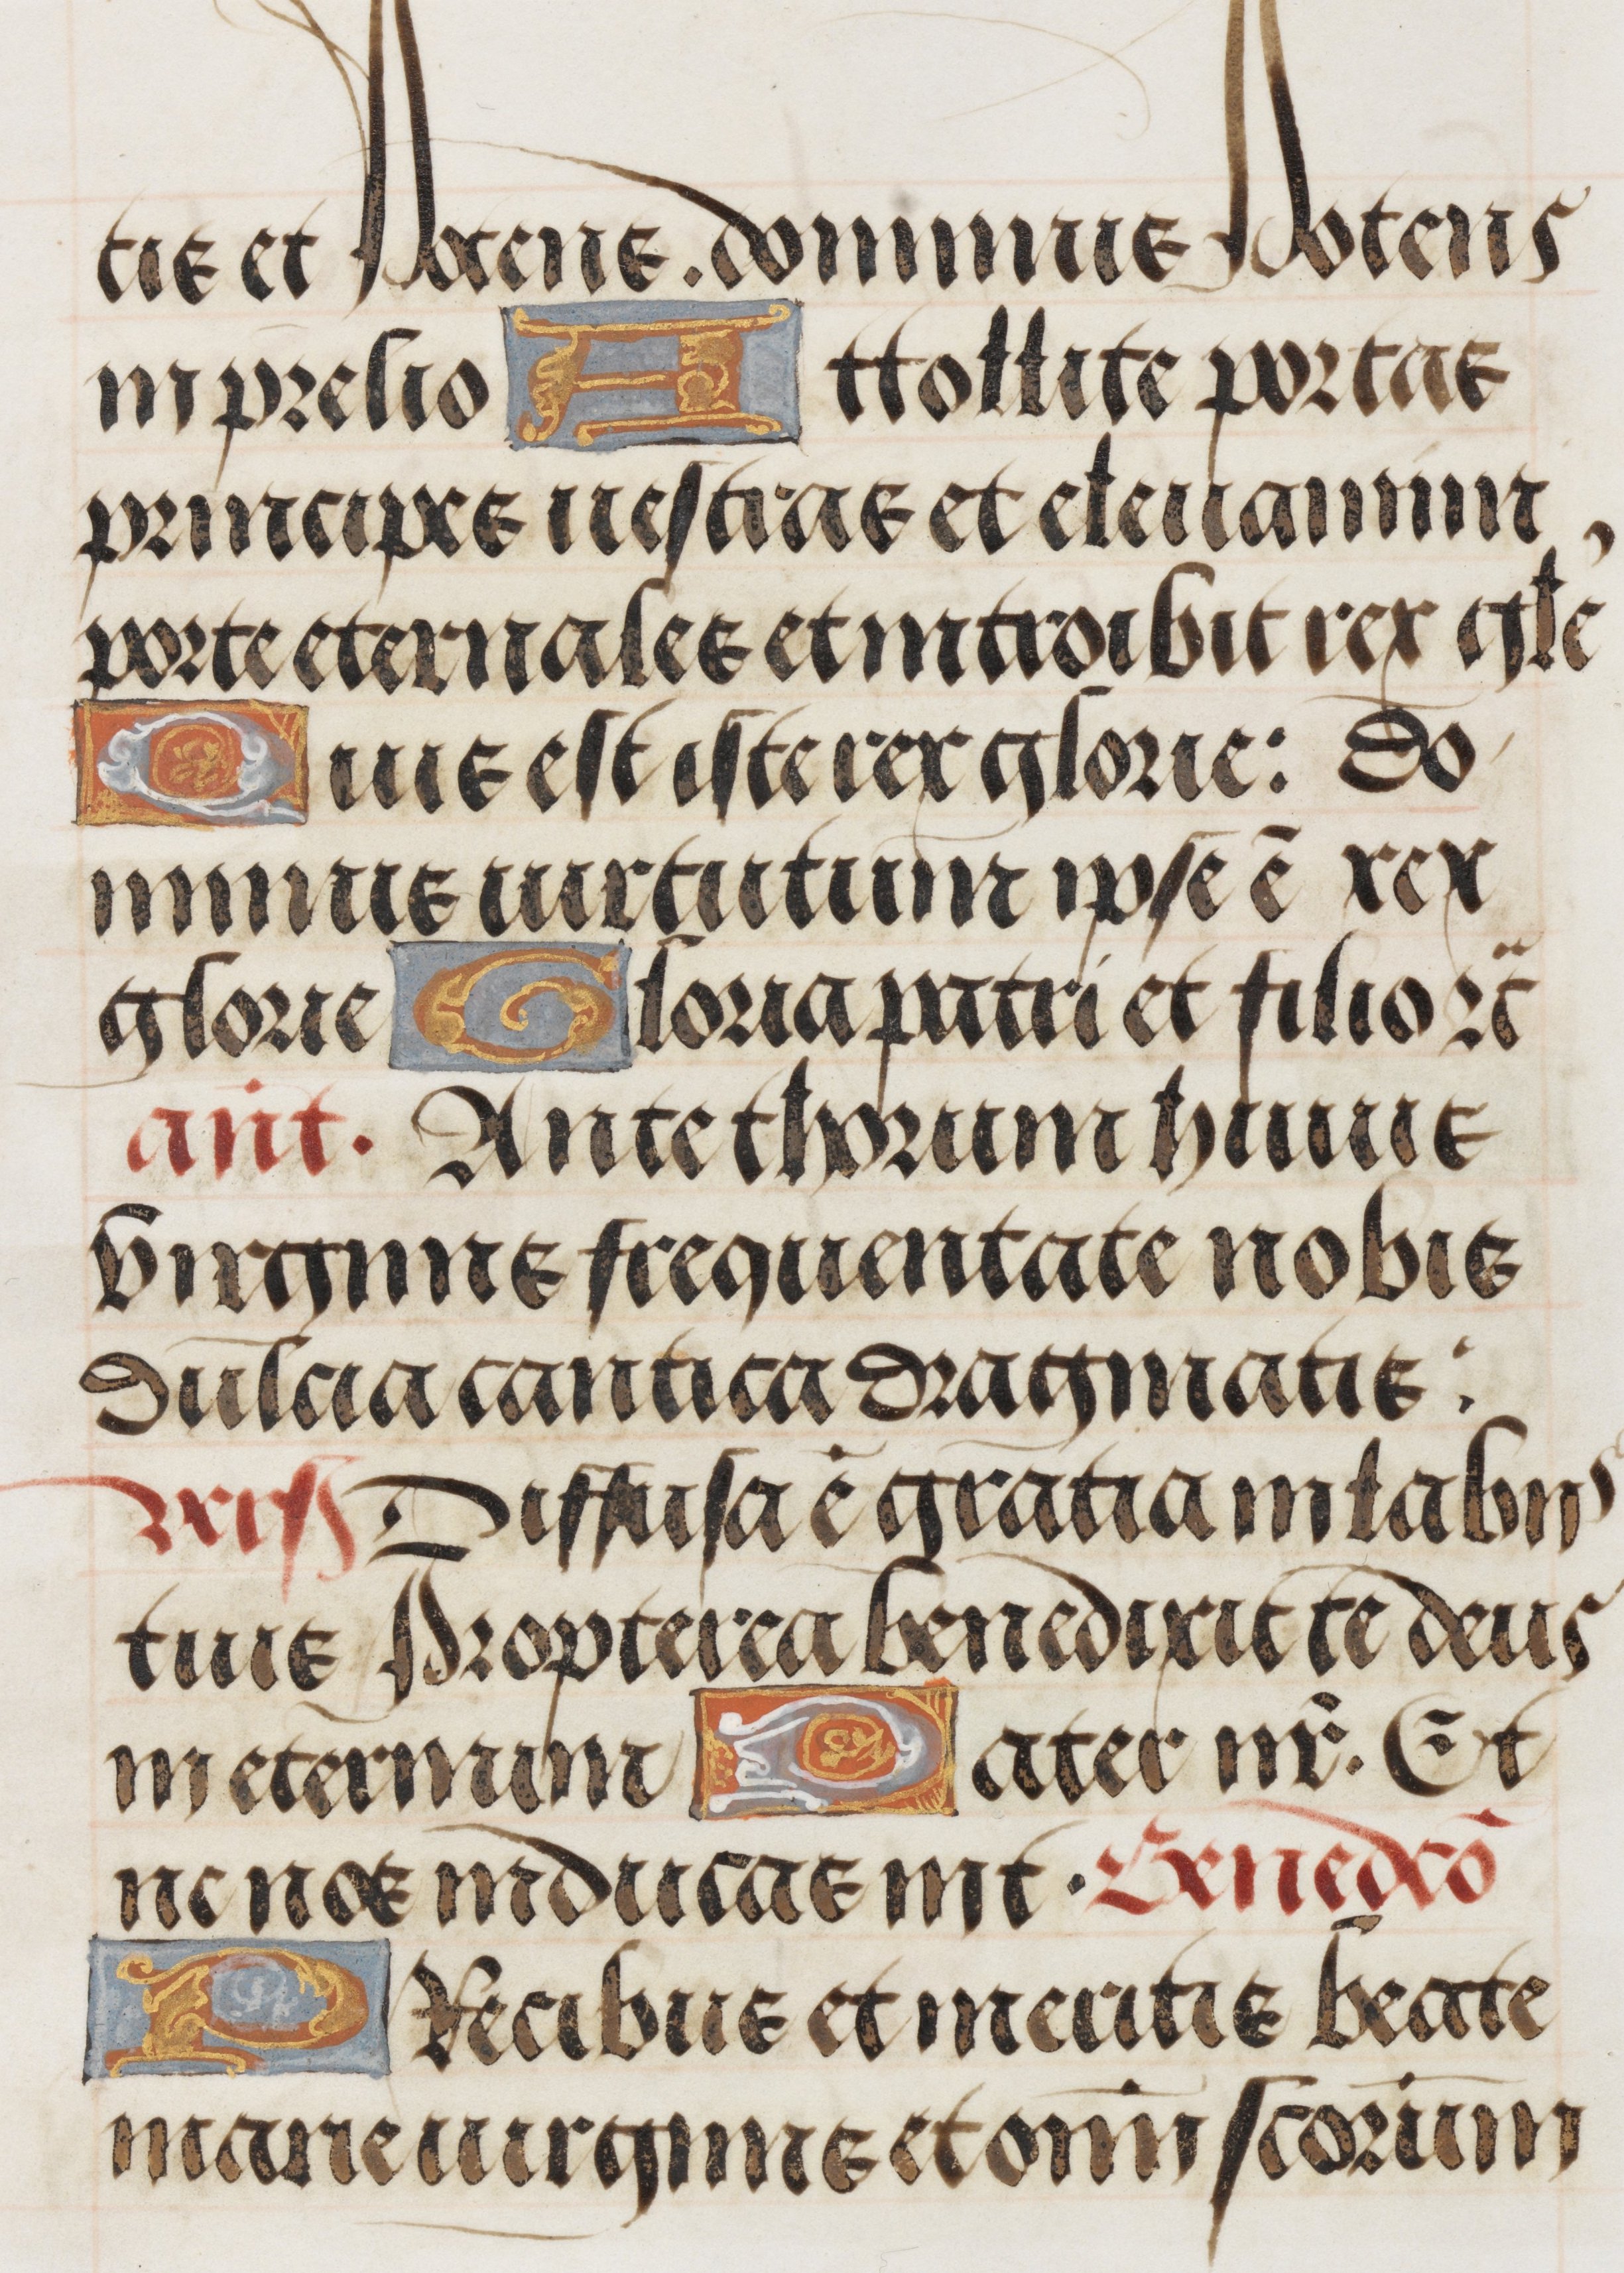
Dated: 1485–1515